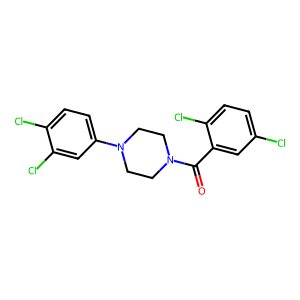
SMILES: O=C(c1cc(Cl)ccc1Cl)N1CCN(c2ccc(Cl)c(Cl)c2)CC1
Inhibits HIV replication: No